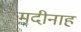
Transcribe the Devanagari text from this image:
मदीनाह